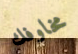
مخاوفك